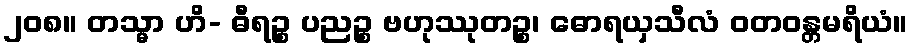
၂၀၈။ တသ္မာ ဟိ- ဓီရဉ္စ ပညဉ္စ ဗဟုဿုတဉ္စ၊ ဓောရယှသီလံ ဝတဝန္တမရိယံ။